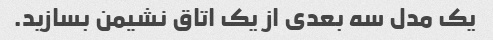
یک مدل سه بعدی از یک اتاق نشیمن بسازید.